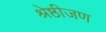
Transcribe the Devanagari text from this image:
श्रेष्ठीजण